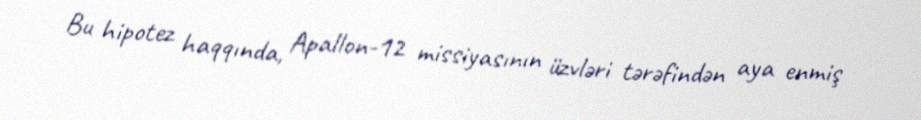
Bu hipotez haqqında, Apallon-12 missiyasının üzvləri tərəfindən aya enmiş